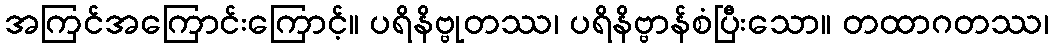
အကြင်အကြောင်းကြောင့်။ ပရိနိဗ္ဗုတဿ၊ ပရိနိဗ္ဗာန်စံပြီးသော။ တထာဂတဿ၊